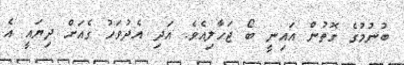
ބުނުމުގެ ގޮތުން އައިނީ ބޯ ޖަހާލިއެވެ. އަދި އެދުވަހު ގެއަށް ދިޔައީ އެ